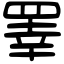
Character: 睪